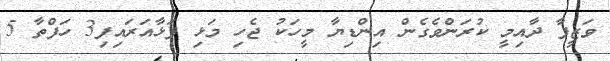
ވަޒީފާ ދާއިމީ ކުރަންވެގެން އިންޑިޔާ މީހަކު ޖެހި މަޅި ފަޅާއަރައިފި3 ހަފްތާ 5